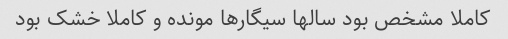
کاملا مشخص بود سالها سیگارها مونده و کاملا خشک بود